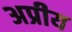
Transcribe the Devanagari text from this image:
अप्रीय